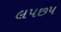
લપછપ